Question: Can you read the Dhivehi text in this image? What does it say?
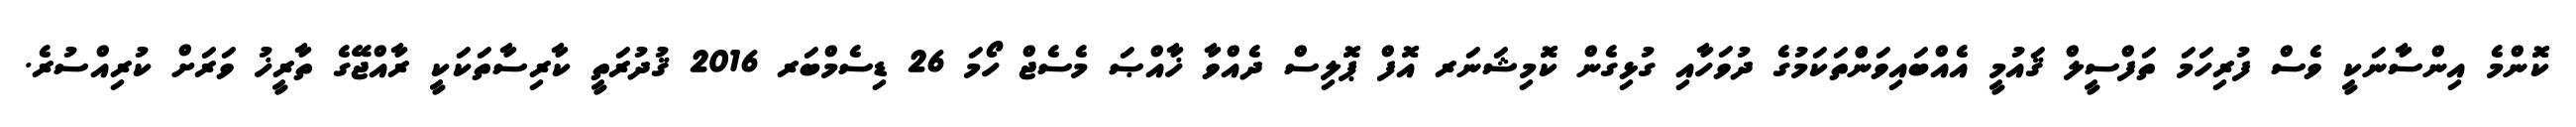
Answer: ކޮންމެ އިންސާނަކީ ވެސް ފުރިހަމަ ތަފްސީލް ޤައުމީ އެއްބައިވަންްތަކަމުގެ ދުވަހާއި ގުޅިގެން ކޮމިޝަނަރ އޮފް ޕޮލިސް ދެއްވާ ޚާއްޞަ މެސެޖް ހޯމަ 26 ޑިސެމްބަރ 2016 ޤުދުރަތީ ކާރިސާތަކަކީ ރާއްޖޭގެ ތާރީޚު ވަރަށް ކުރިއްސުރެ.